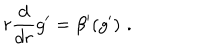
r \frac { d } { d r } g ^ { \prime } = \beta ^ { \prime } ( g ^ { \prime } ) \, \, .